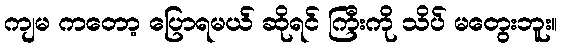
ကျမ ကတော့ ပြောရမယ် ဆိုရင် ကြီးကို သိပ် မတွေးဘူး။